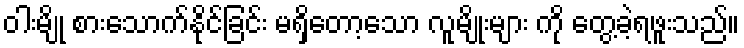
ဝါးမျို စားသောက်နိုင်ခြင်း မရှိတော့သော လူမျိုးများ ကို တွေ့ခဲ့ရဖူးသည်။